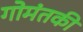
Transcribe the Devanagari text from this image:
गोमंतकी